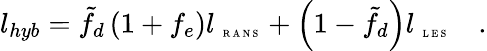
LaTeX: l_{hyb}=\tilde{f}_{d}\left({1+f_{e}}\right)l_{\mathrm{~\tiny~R~A~N~S~}}+\left({1-\tilde{f}_{d}}\right)l_{\mathrm{~\tiny~L~E~S~}}\quad.